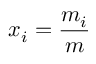
x _ { i } = { \frac { m _ { i } } { m } }